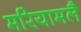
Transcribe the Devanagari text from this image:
मरियामलै